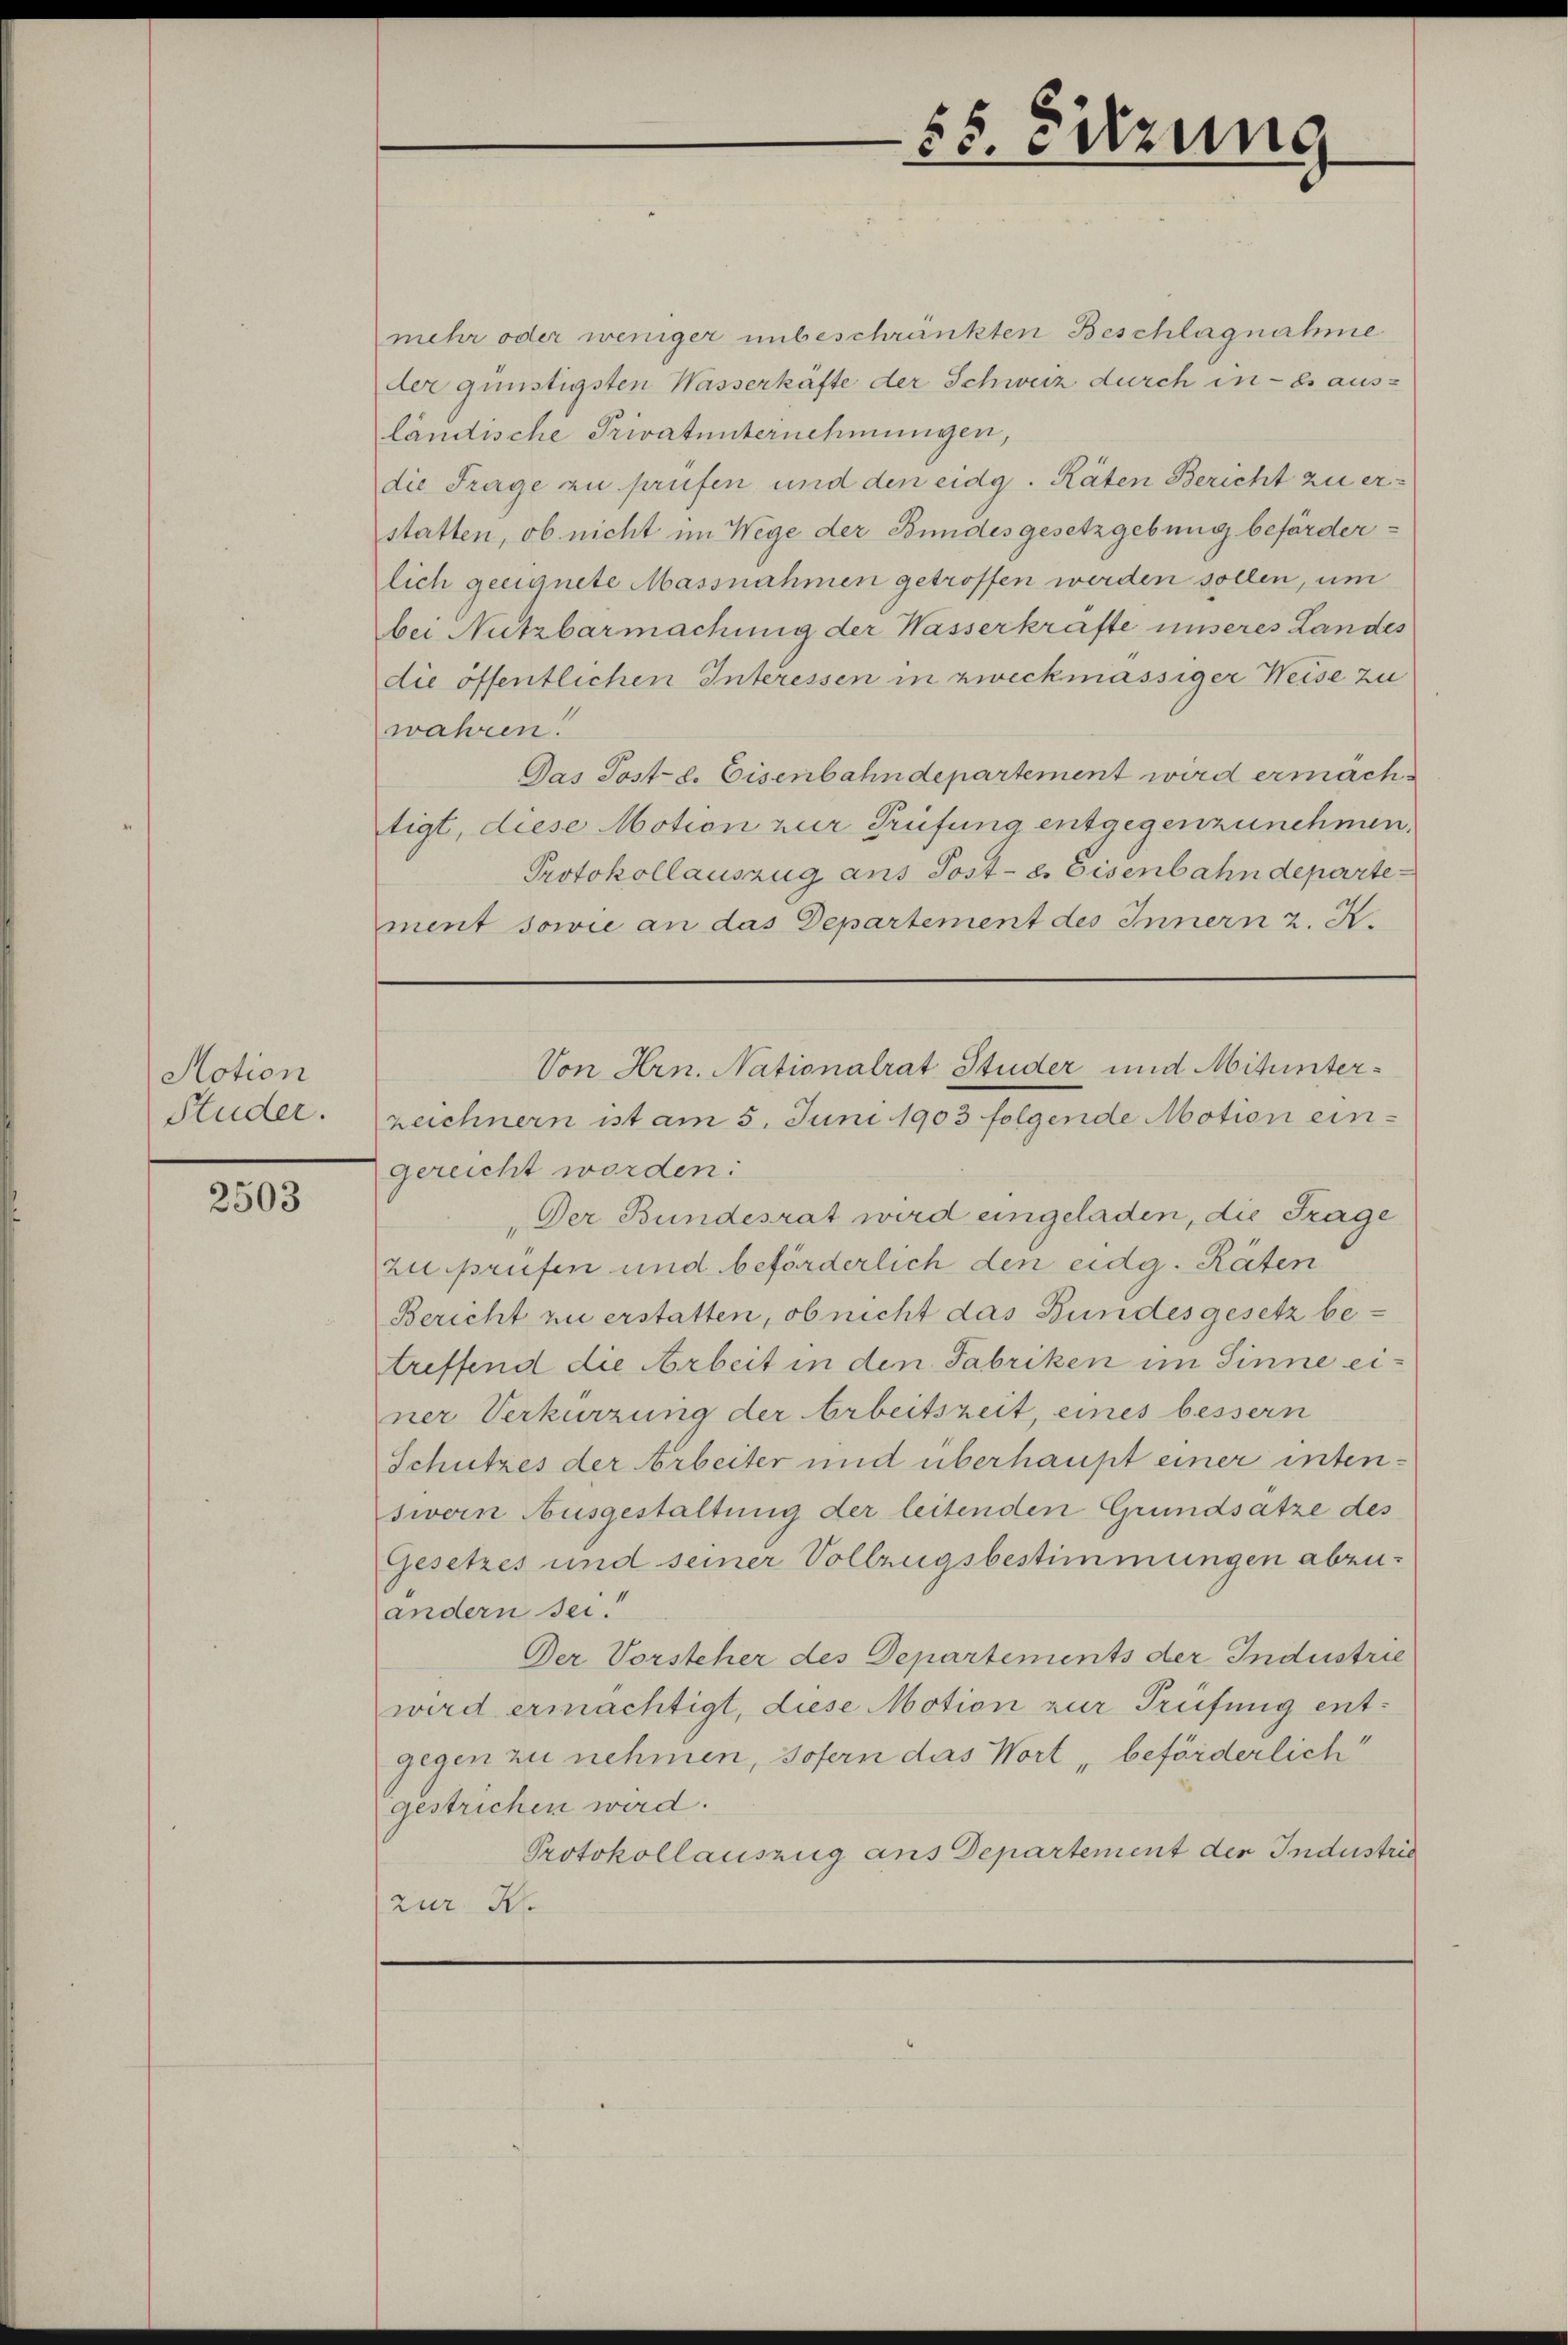
Notion
Studer.

2503

ment sowie an das Departement des Innern z. R.

55. Errung

mehr oder weniger unbeschränkten Beschlagnahme
der günstigsten Wasserkäfte der Schweiz durch in - Er aus-
ländische Privatunternehmungen,
die Frage zu prüfen und den eidg. Räten Bericht zu erstatten, ob nicht im Wege der Bundesgesetzgebung beförderlich geeignete Massnahmen getroffen werden sollen, um
bei Nutzbarmachung der Wasserkrafte unseres Landes
die öffentlichen Interessen in zweckmässiger Weise zu
wahren.
Das Post- u. Eisenbahndepartement wird ermachtigt, diese Motion zur Prüfung entgegenzunehmen.
Protokollauszug ans Post- 8. Eisenbahndeparte
zeichnern ist am 5. Juni 1903 folgende Motion eingereicht worden:
Der Bundesrat wird eingeladen, die Frage
zuprüfen und beförderlich den eidg. Räten
Bericht zu erstatten, ob nicht das Bundesgesetz betreffend die Arbeit in den Fabriken im Sinne einer Verkürzung der Arbeitszeit, eines bessern
Schutzes der Arbeiter und überhaupt einer intensivern Ausgestaltung der leitenden Grundsätze des
Gesetzes und seiner Vollzugsbestimmungen abzuandern sei.
Der Vorsteher des Departements der Industrie
wird ermächtigt, diese Motion zur Prüfung entgegen zu nehmen, sofern das Wort „beförderlich
gestrichen wird.
Protokollauszug aus Departement der Industrie
zur H

Von Hrn. Nationalrat Studer und Mitunter¬